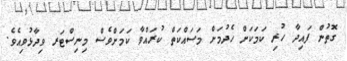
ގޮތުން ފައިދާ ހުރި ކަމަކަށް ހެދުމަށް މަސައްކަތް ކުރައްވާ ކަމަށްވެސް މިނިސްޓަރ ވިދާޅުވިއެވެ.